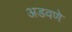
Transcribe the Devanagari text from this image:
अडवणे